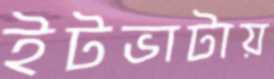
ইটভাটায়